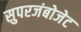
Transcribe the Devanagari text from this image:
सुपरजंबोजेट